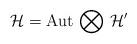
LaTeX: \begin{align*}\mathcal{H} =\mathrm{Aut} \, \bigotimes \, \mathcal{H}^\prime\end{align*}